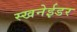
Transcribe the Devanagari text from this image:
स्खनेईडर